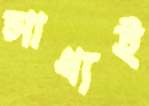
সাধ্যই